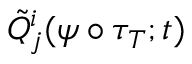
\tilde { Q } _ { j } ^ { i } ( \psi \circ \tau _ { T } ; t )